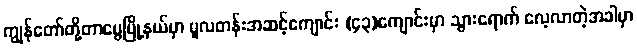
ကျွန်တော်တို့တာမွေမြို့နယ်မှာ မူလတန်းအဆင့်ကျောင်း (၄၃)ကျောင်းမှာ သွားရောက် လေ့လာတဲ့အခါမှာ